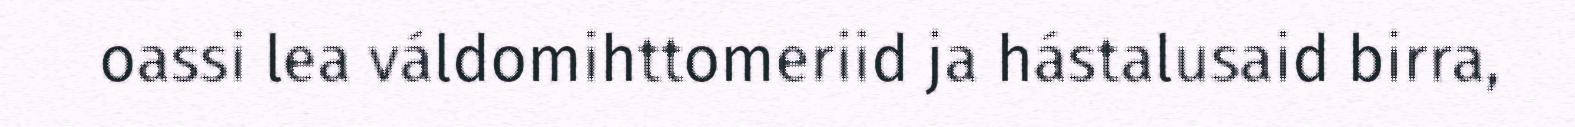
oassi lea váldomihttomeriid ja hástalusaid birra,